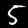
Digit: 5